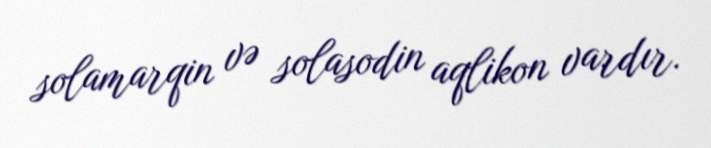
solamarqin və solasodin aqlikon vardır.